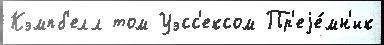
Кэмпб'елл том Уэсс'ексом Пр'еjе́мн'ик